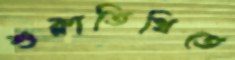
শুক্লাতিথিতে